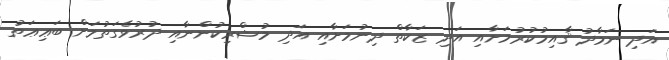
އަދި ނަމާދު ޤާއިމުކުރުމަށާއި އަދި ޒަކާތް ދިނުމަށާއި އަދި މުޝްރިކުންނާއި ދުރުވެގަތުމަށް ބަޢިޢަތު